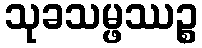
သုခသမ္ဖဿဉ္စ